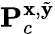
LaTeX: \mathbf{P}_{c}^{\mathbf{x},\tilde{\mathbf{y}}}